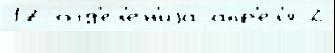
17 отд'ел'е́н'иjа апр'е́л'я 2